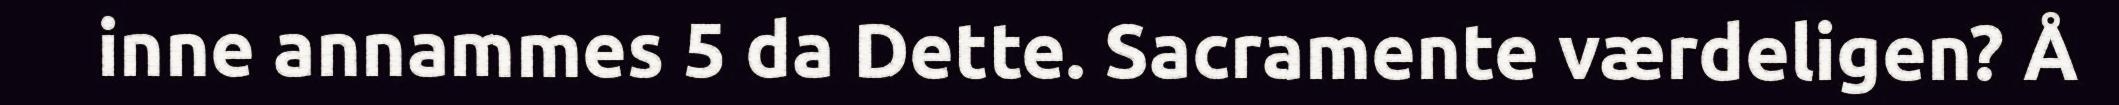
inne annammes 5 da Dette. Sacramente værdeligen? Å